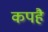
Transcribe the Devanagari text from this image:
कपहै